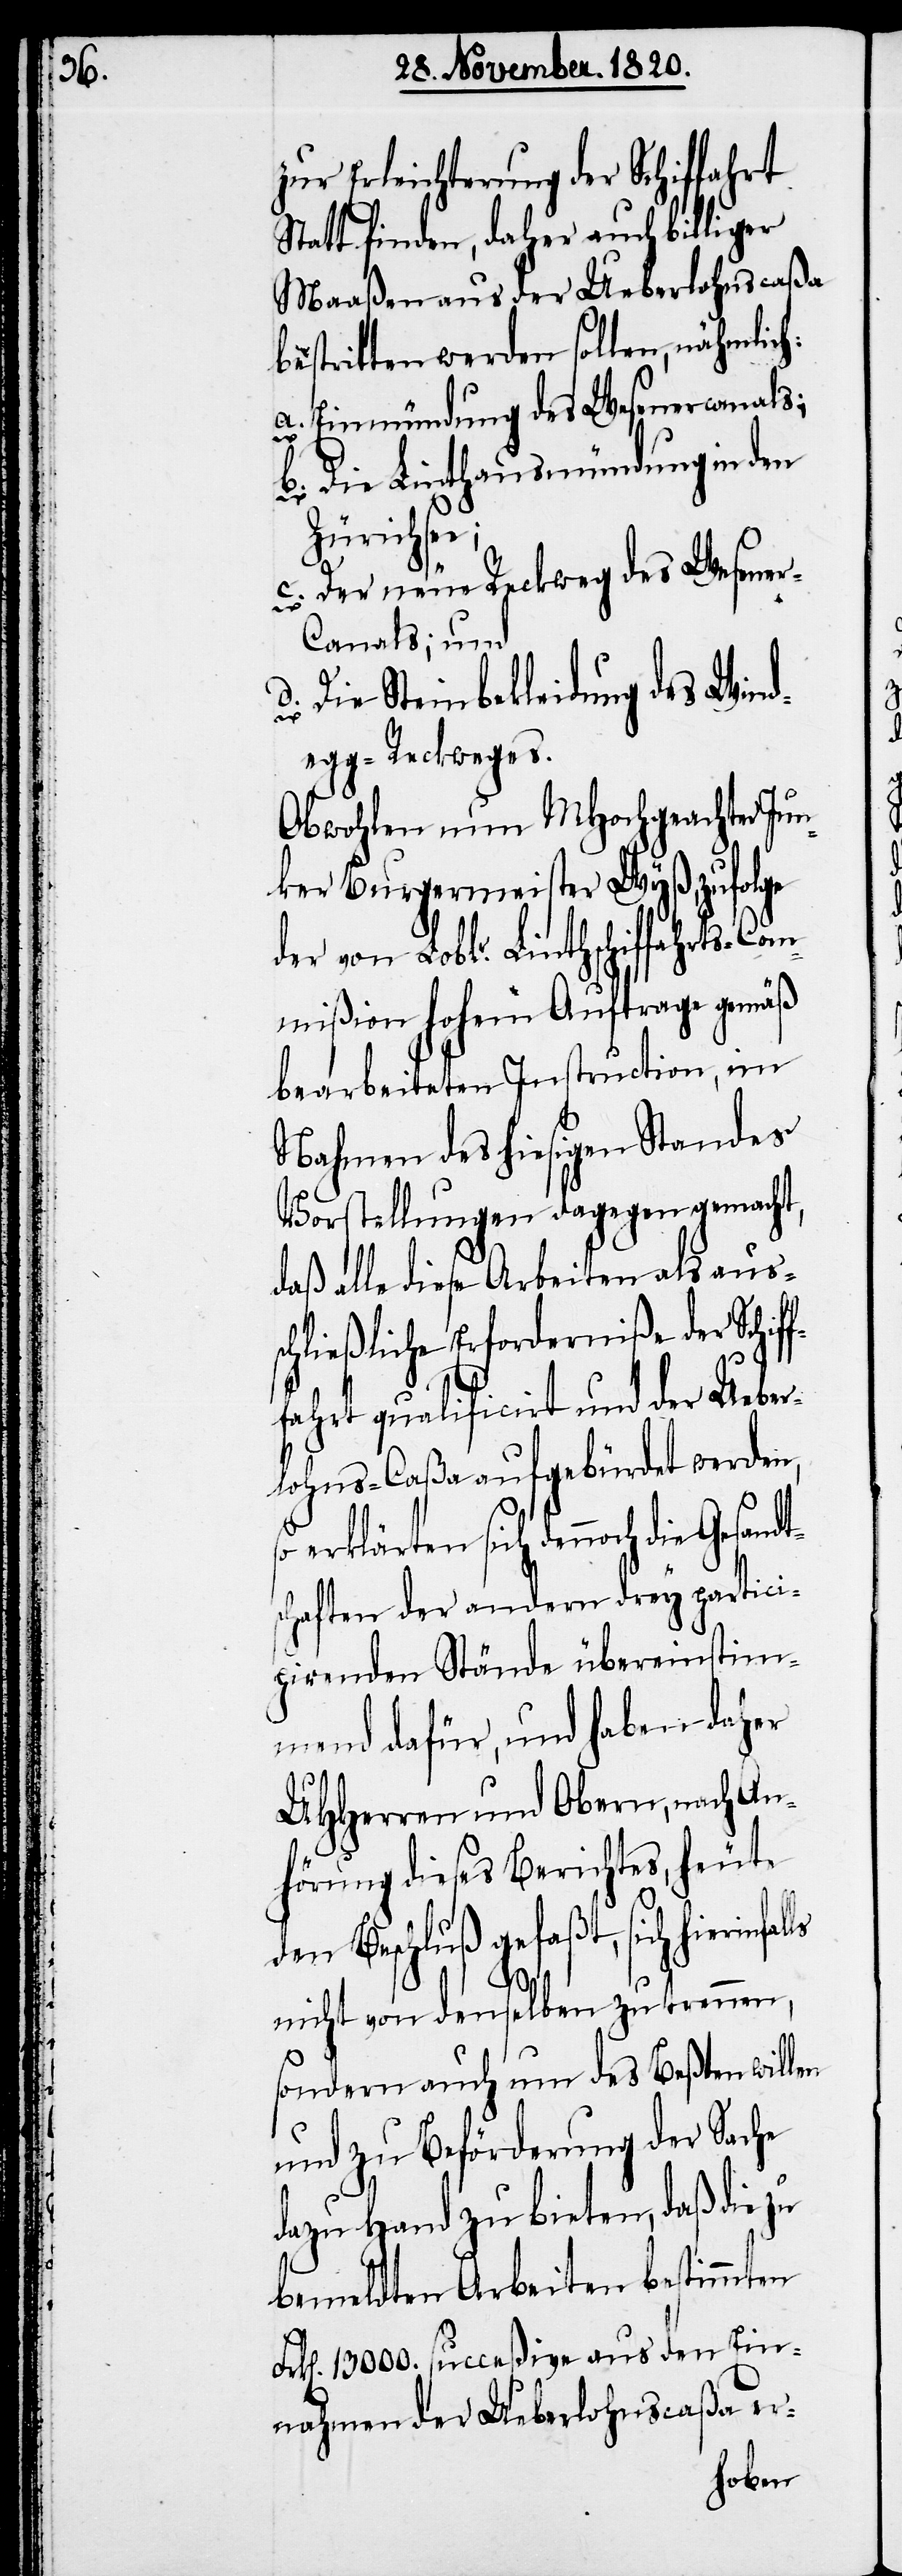
ls

Erleichterung der Schiffahrt
Statt finden, daher auch billiger
Maaßen aus der Ueberlohnscaßa
bestritten werden sollen, nähmlich:
a. Einmündung des Wesenercanals;
b. Die Linthausmündung in den
Zürichsee;
c. Der neue Reckweg des Wesener-C¬
anals; und
d. Die Steinbekleidung des Wind¬
egg-Reckweges.
Obwohlen nun MHochgeachter Jun¬
ker Burgermeister Wyß, zufolge
der von Loblr. Linthschiffahrts-C¬
ommißion hohem Auftrage gemäß
bearbeiteten Instruction, im
Nahmen des hiesigen Standes
Vorstellungen dagegen gemacht,
daß alle diese Arbeiten als auss¬
chließliche Erforderniße der Schiff¬
fahrt qualificirt und der Ueber¬
lohns-Caßa aufgebürdet werden,
erklärten sich dennoch die
schaften der andern drey partici¬
pirenden Stände übereinstim¬
mend dafür, und haben daher
UHHerren und Obern, nach An¬
hörung dieses Berichtes, heute
den Beschluß gefaßt, sich hierinfal¬
nicht von denselben zu trennen,
sondern auch um des Beßten willen
und zu Beförderung der Sache
dazu Hand zu bieten, daß die
bemeldten Arbeiten bestimmten
Frk[en]. 13 000. succeßive aus den Ein¬
nahmen der Ueberlohnscaßa er-